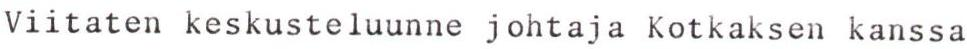
Viitaten keskusteluunne johtaja Kotkaksen kanssa